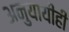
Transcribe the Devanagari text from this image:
अनुयायीही